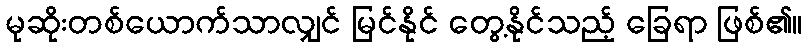
မုဆိုးတစ်ယောက်သာလျှင် မြင်နိုင် တွေ့နိုင်သည့် ခြေရာ ဖြစ်၏။